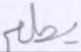
يطعم